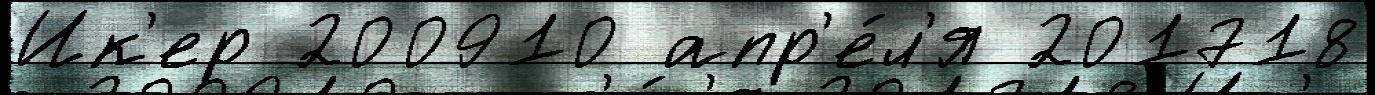
Ик'ер 200910 апр'е́л'я 201718